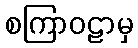
စကြာဝဠာမှ